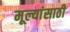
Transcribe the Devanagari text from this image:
मूल्यांसाठी